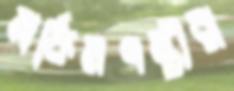
মার্কিনপন্থীরা